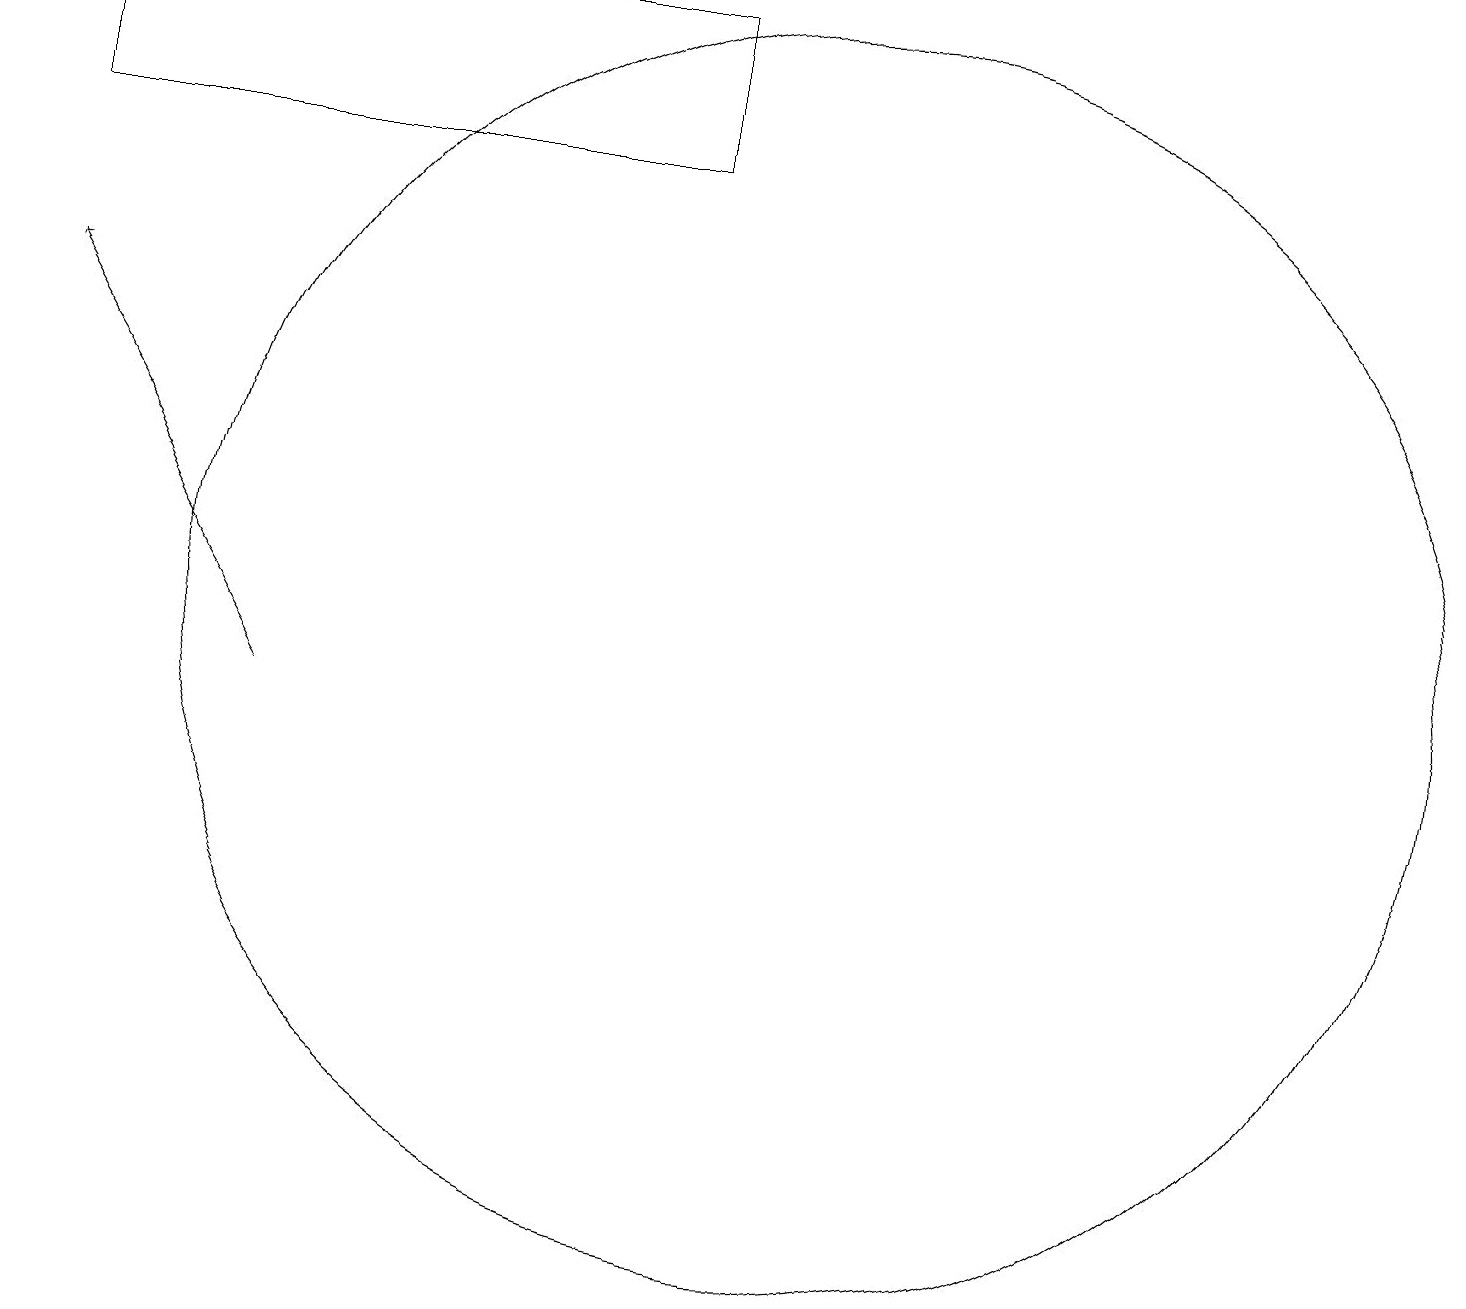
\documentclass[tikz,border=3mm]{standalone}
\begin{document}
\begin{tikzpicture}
\draw (8,17) rectangle (0,19);
\draw (10,11) circle (8);
\draw[->] (3,10) -- (0,15);
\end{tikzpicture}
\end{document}